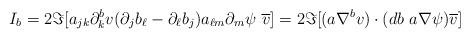
LaTeX: \begin{align*} I_{b}=2\Im[a_{jk}\partial^{b}_{k}v (\partial_{j}b_{\ell}-\partial_{\ell}b_{j}) a_{\ell m}\partial_{m}\psi\ \overline{v}] = 2\Im [(a\nabla^{b}v)\cdot (db \ a\nabla \psi)\overline{v}] \end{align*}